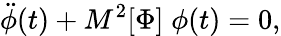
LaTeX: \ddot{\phi}(t)+M^{2}[\Phi]\; \phi(t)=0,